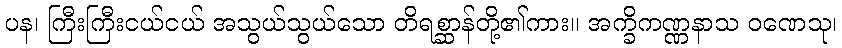
ပန၊ ကြီးကြီးငယ်ငယ် အသွယ်သွယ်သော တိရစ္ဆာန်တို့၏ကား။ အက္ခိကဏ္ဏနာသ ဝဏေသု၊